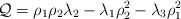
LaTeX: \begin{align*}{\cal Q} = \rho_1 \rho_2 \lambda_2 - \lambda_1 \rho_2^2 - \lambda_3\rho_1^2\end{align*}